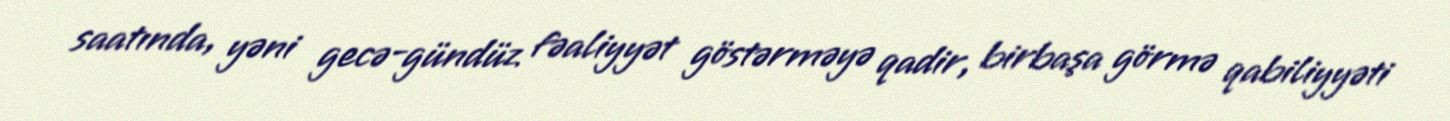
saatında, yəni gecə-gündüz fəaliyyət göstərməyə qadir, birbaşa görmə qabiliyyəti